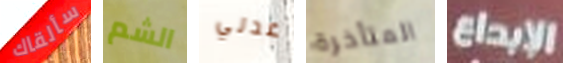
سألقاك الشم عدني المتأخرة الإبداع